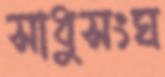
সাধুসংঘ